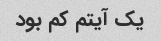
یک آیتم کم بود